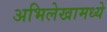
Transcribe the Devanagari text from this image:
अभिलेखामध्ये